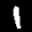
Label: 1